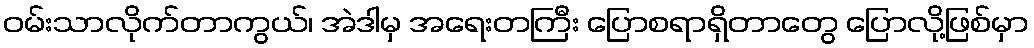
ဝမ်းသာလိုက်တာကွယ်၊ အဲဒါမှ အရေးတကြီး ပြောစရာရှိတာတွေ ပြောလို့ဖြစ်မှာ